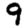
Digit: 9